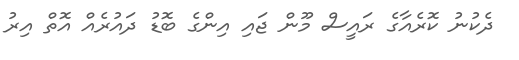
ދެކުނު ކޮރެއާގެ ރައީސް މޫން ޖައި އިންގެ ބޮޑު ދައުރެއް އޮތް އިރު